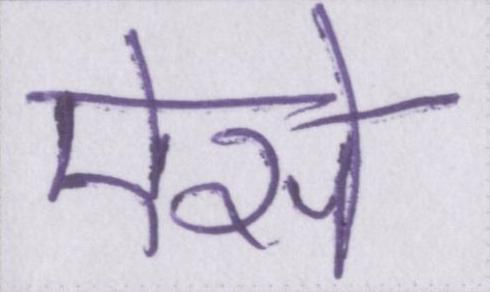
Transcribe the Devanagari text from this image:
ऐसे